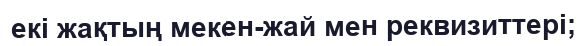
екі жақтың мекен-жай мен реквизиттері;